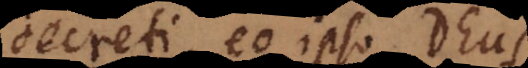
decreti, eo ipso Deus